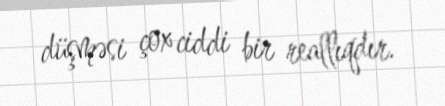
düşməsi çox ciddi bir reallıqdır.